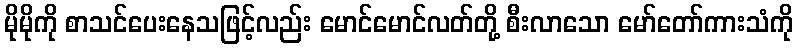
မိုမိုကို စာသင်ပေးနေသဖြင့်လည်း မောင်မောင်လတ်တို့ စီးလာသော မော်တော်ကားသံကို